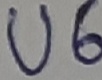
Text: U6